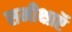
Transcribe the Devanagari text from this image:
समीक्षाऍ